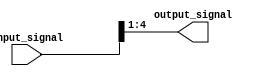
module part_select_assign(
    input [7:0] input_signal,
    output reg [3:0] output_signal
);

always @* begin
    output_signal = input_signal[4:1]; // Selects bits 4 to 1 from the input_signal and assigns it to the output_signal
end

endmodule